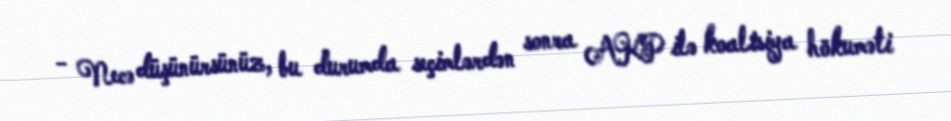
- Necə düşünürsünüz, bu durumda seçimlərdən sonra AKP ilə koalisiya hökuməti